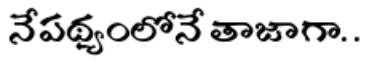
నేపథ్యంలోనే తాజాగా. .